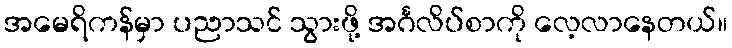
အမေရိကန်မှာ ပညာသင် သွားဖို့ အင်္ဂလိပ်စာကို လေ့လာနေတယ်။